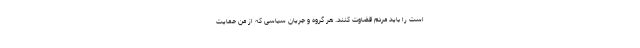
است را باید مردم قضاوت کنند. هر گروه و جریان سیاسی که از من حمایت